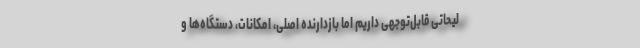
لیحاتی قابل‌توجهی داریم اما بازدارنده اصلی، امکانات، دستگاه‌ها و